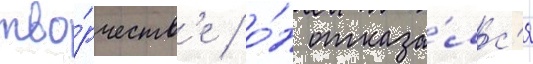
тво́рчеств'е / о́н отказа́лс'я